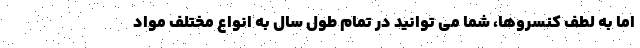
اما به لطف کنسروها، شما می توانید در تمام طول سال به انواع مختلف مواد